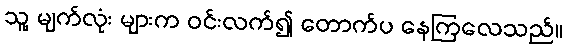
သူ့ မျက်လုံး များက ဝင်းလက်၍ တောက်ပ နေကြလေသည်။